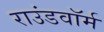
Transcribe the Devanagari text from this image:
राउंडवॉर्म